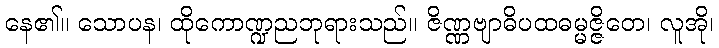
နေ၏။ သောပန၊ ထိုကောဏ္ဍညဘုရားသည်။ ဇိဏ္ဏဗျာဓိပထဓမ္မဇ္ဇိတေ၊ လူအို၊